King Institute of Preventive Medicine Micro-Biological Section reports 1912-19
Year: 1912
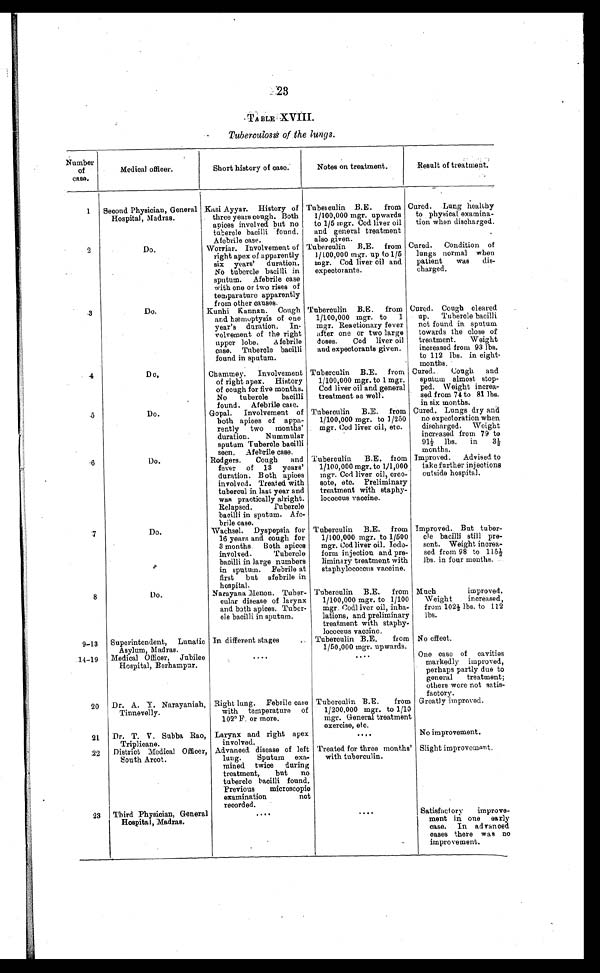
23
TABLE XVIII.
Tuberculosis of the lungs.
Number
of
case.
Medical officer.
Short history of case.
Notes on treatment.
Result of treatment.
1 Second Physician, General
Hospital, Madras.
Kasi Ayyar. History of
three years cough. Both
apices involved but no
tubercle bacilli found.
Afebrile case.
Tuberculin B.E. from
1/100,000 mgr. upwards
to 1/5 mgr. Cod liver oil
and general treatment
also given.
Cured. Lung healthy
to physical examina-
tion when discharged.
2
Do.
Worriar. Involvement of
right apex of apparently
six years' duration.
No tubercle bacilli in
sputum. Afebrile case
with one or two rises of
temperature apparently
from other causes.
Tuberculin B.E. from
1/100,000 mgr. up to 1/5
mgr. Cod liver oil and
expectorants.
Cured. Condition of
lungs normal when
patient was dis-
charged.
3
Do.
Kunhi Kannan. Cough
and hæmoptysis of one
year's duration. In-
volvement of the right
upper lobe.
A febrile
case. Tubercle bacilli
found in sputum.
Tuberculin B.E. from
1/100,000 mgr. to 1
mgr. Reactionary fever
after one or two large
doses.
Cod liver oil
and expectorants given.
Cured. Cough cleared
up. Tubercle bacilli
not found in sputum
towards the close of
treatment.
Weight
increased from 93 lbs.
to 112 lbs. in eight -
months.
4
Do.
Chammey. Involvement
of right apex. History
of cough for five months.
No tubercle bacilli
found. Afebrile case.
Tuberculin B.E. from
1/100,000 mgr. to 1 mgr.
Cod liver oil and general
treatment as well.
Cured.
Cough and
sputum almost stop-
ped. Weight increa-
sed from 74 to 81 lbs.
in six months.
5
Do.
Gopal. Involvement of
both apices of appa-
rently two months'
duration.
Nummular
sputum Tubercle bacilli
seen. Afebrile case.
Tuberculin B.E. from
1/100,000 mgr. to 1/250
mgr. Cod liver oil, etc.
Cured. Lungs dry and
no expectoration when
discharged. Weight
increased from 79 to
91½ l b s .
i n
3 ½
months.
6
Do.
Rodgers.
Cough and
fever of 13 years'
duration. Both apices
involved. Treated with
tubercul in last year and
was practically alright.
Relapsed.
Tubercle
bacilli in sputum. Afe-
brile case.
Tuberculin B.E. from
1/100,000 mgr. to 1/1,000
mgr. Cod liver oil, creo-
sote, etc. Preliminary
treatment with staphy-
lococcus vaccine.
Improved. Advised to
take further injections
outside hospital.
7
Do.
Wachsel. Dyspepsia for
16 years and cough for
3 months. Both apices
involved.
Tubercle
bacilli in large numbers
in sputum. Febrile at
first but afebrile in
hospital.
Tuberculin B.E. from
1/100,000 mgr. to 1/500
mgr. Cod liver oil. Iodo-
form injection and pre-
liminary treatment with
staphylococcus vaccine.
Improved. But tuber-
cle bacilli still pre-
sent. Weight increa-
sed from 98 to 1 1 5 ½
lbs. in four months.
8
Do.
Narayana Menon. Tuber-
cular disease of larynx
and both apices. Tuber-
cle bacilli in sputum.
Tuberculin B.E. from
1/100,000 mgr. to 1/100
mgr. Cod liver oil, inha-
lations, and preliminary
treatment with staphy-
lococcus vaccine.
Much
improved.
Weight
increased,
from 102½ lbs. to 1 1 2
lbs.
9-13 Superintendent, Lunatic
Asylum, Madras.
In different stages
Tuberculin B.E.
from
1/50,000 mgr. upwards.
No effect.
14-19 Medical Officer, Jubilee
Hospital, Berhampur.
....
....
One case of cavities
markedly improved,
perhaps partly due to
general
treatment;
others were not satis-
factory.
20 Dr. A. Y. Narayaniah,
Tinnevelly.
Right lung. Febrile case
with temperature of
102º F. or more.
Tuberculin B.E.
from
1/200,000 mgr. to 1/10
mgr. General treatment
exercise, etc.
Greatly improved.
21 Dr. T. V. Subba Rao,
Triplicane.
Larynx and right apex
involved.
....
No improvement.
22 District Medical Officer,
South Arcot.
Advanced disease of left
lung.
Sputum exa-
mined twice during
treatment,
but no
tubercle bacilli found.
Previous
microscopic
examination
not
recorded.
Treated for three months'
with tuberculin.
Slight improvement.
23 Third Physician, General
Hospital, Madras.
. . . .
. . . .
Satisfactory
improve-
ment in one early
case. In advanced
cases there was no
improvement.